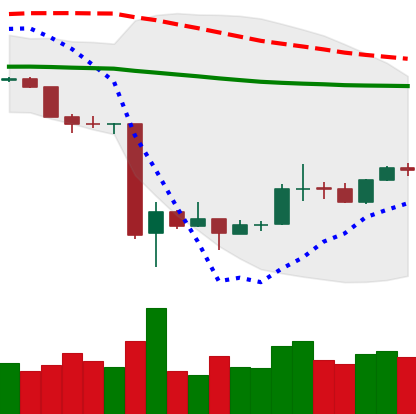
Ticker: BTC-USD
Chart end date: 2020-03-25
Forward return: -3.76%
Label: down_3_5